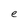
Character: e